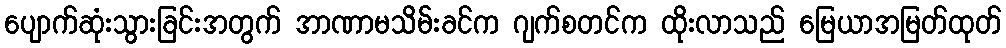
ပျောက်ဆုံးသွားခြင်းအတွက် အာဏာမသိမ်းခင်က ဂျက်စတင်က ထိုးလာသည် မြေယာအမြတ်ထုတ်